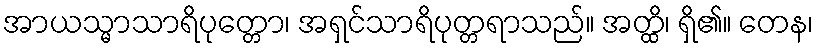
အာယသ္မာသာရိပုတ္တော၊ အရှင်သာရိပုတ္တရာသည်။ အတ္ထိ၊ ရှိ၏။ တေန၊